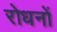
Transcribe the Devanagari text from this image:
रोधनों